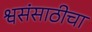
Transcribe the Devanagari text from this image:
श्वसंसाठीचा